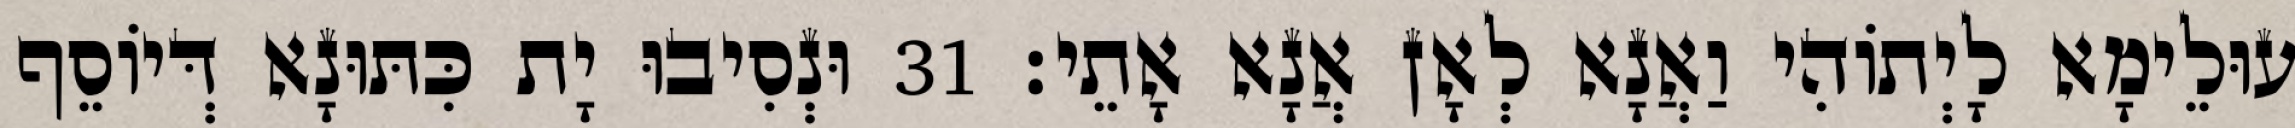
עוּלֵימָא לָיְתוֹהִי וַאֲנָא לְאָן אֲנָא אָתֵי׃ 31 וּנְסִיבוּ יָת כִּתּוּנָא דְּיוֹסֵף